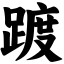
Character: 踱